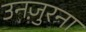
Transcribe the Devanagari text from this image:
उनज़ुरना